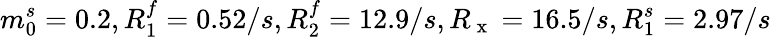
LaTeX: m_{0}^{s}=0.2,R_{1}^{f}=0.52/s,R_{2}^{f}=12.9/s,R_{\mathrm{~x~}}=16.5/s,R_{1}^{s}=2.97/s